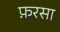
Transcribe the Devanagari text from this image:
फ़रसा